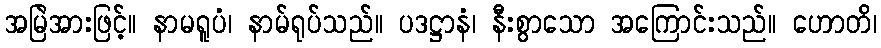
အမြဲအားဖြင့်။ နာမရူပံ၊ နာမ်ရုပ်သည်။ ပဒဋ္ဌာနံ၊ နီးစွာသော အကြောင်းသည်။ ဟောတိ၊